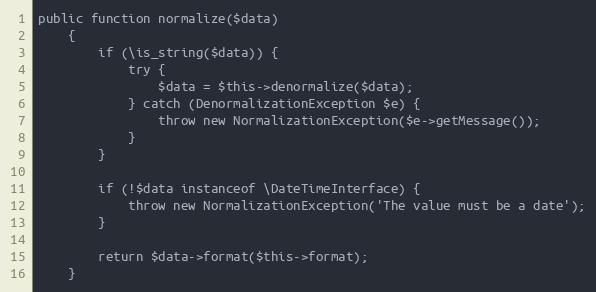
Language: PHP
public function normalize($data)
    {
        if (\is_string($data)) {
            try {
                $data = $this->denormalize($data);
            } catch (DenormalizationException $e) {
                throw new NormalizationException($e->getMessage());
            }
        }

        if (!$data instanceof \DateTimeInterface) {
            throw new NormalizationException('The value must be a date');
        }

        return $data->format($this->format);
    }